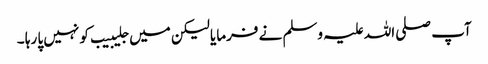
آپ صلی اللہ علیہ وسلم نے فرمایا لیکن میں جلیبیب کو نہیں پا رہا ۔